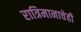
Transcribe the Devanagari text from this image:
रात्रिमानाचेही